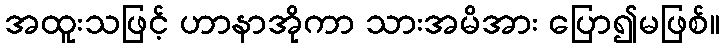
အထူးသဖြင့် ဟာနာအိုကာ သားအမိအား ပြော၍မဖြစ်။